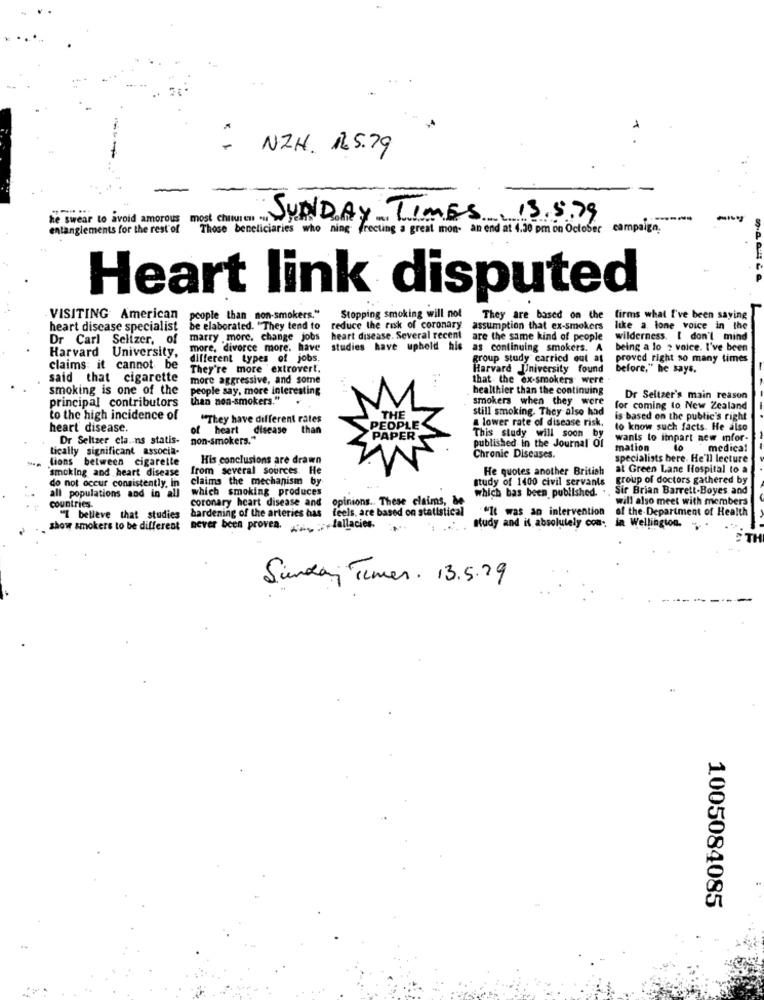
NIH. 125.79
he swear to avoid amorous
SUNDAY TIMES
entanglements for the rest of
Those beneficiaries who ning frecting a great mon- an end at 4.30 pm on October campaign.
13.5.7
Heart link disputed
VISITING American
people than non-smokers."
Stopping smoking will not
They are based on the firms what I've been saying
They are based on the
heart disease specialist
be elaborated. "They tend to
reduce the risk of coronary
assumption that ex-smokers
like a. lone voice in the
Dr Carl Selizer, of
marry .more, change jobs heart disease. Several recent
are the same kind of people
wilderness. I don't mind
Harvard University,
more, divorce more. have
studies have upheld his
as continuing smokers. A
being a lo : voice. I've been
different types of jobs.
group study carried out at
proved right so many times
claims it cannot be
They're more extrovert.
Harvard University found
before," he says.
re." he
said that cigarette
more aggressive, and some
that the ex-smokers were
smoking is one of the
people say, more interesting
healthier than the continuing
principal contributors
than non-smokers."
smokers when they were
Dr Seltzer's main reason
still smoking. They also had
for coming to New Zealand
to the high incidence of
"They have different rates
THE
a lower rate of disease risk.
is based on the public's right
heart disease
of heart disease than
PEOPLE
to know such facts. He also
Dr Seltzer cla .. ns statis-
non-smokers."
PAPER
published in the Journal Of
This study will soon by
wants to impart new mfor-
tically significant associa.
mation
10
medical
lions between cigarette
His conclusions are drawn
Chronic Diseases.
specialists bere. He'll lecture
smoking and heart disease
from several sources. He
He quotes another British
al Green Lane Hospital to a
claims the mechanism by
study of 1400 civil servants
group of doctors gathered by
do not occur consistently. in
which smoking produces
which bas been published.
Sir Brian Barrett-Boyes and
all populations and in all
countries.
coronary heart disease and
opinions .. These claims, de
will also meet with members
hardening of the arteries has
feels, are based on statistical
"It was an intervention
of the Department of Health
"I believe that studies
study and is absolutely com:
show smokers to be different
never been proven. : + fallacies.
la Wellington.
TH
Sunday Times. 13.5.29
1005084085